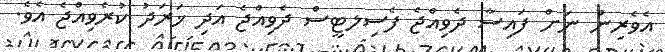
އެވެރިން ނަށް ފައިސާ ދެވިއްޖެ ފެސިލޓީސް ދެވިއްޖެ އަދި ޚަރަދު ކުރެވިއްޖެ އެވެ.